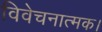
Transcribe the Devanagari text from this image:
विवेचनात्मक।